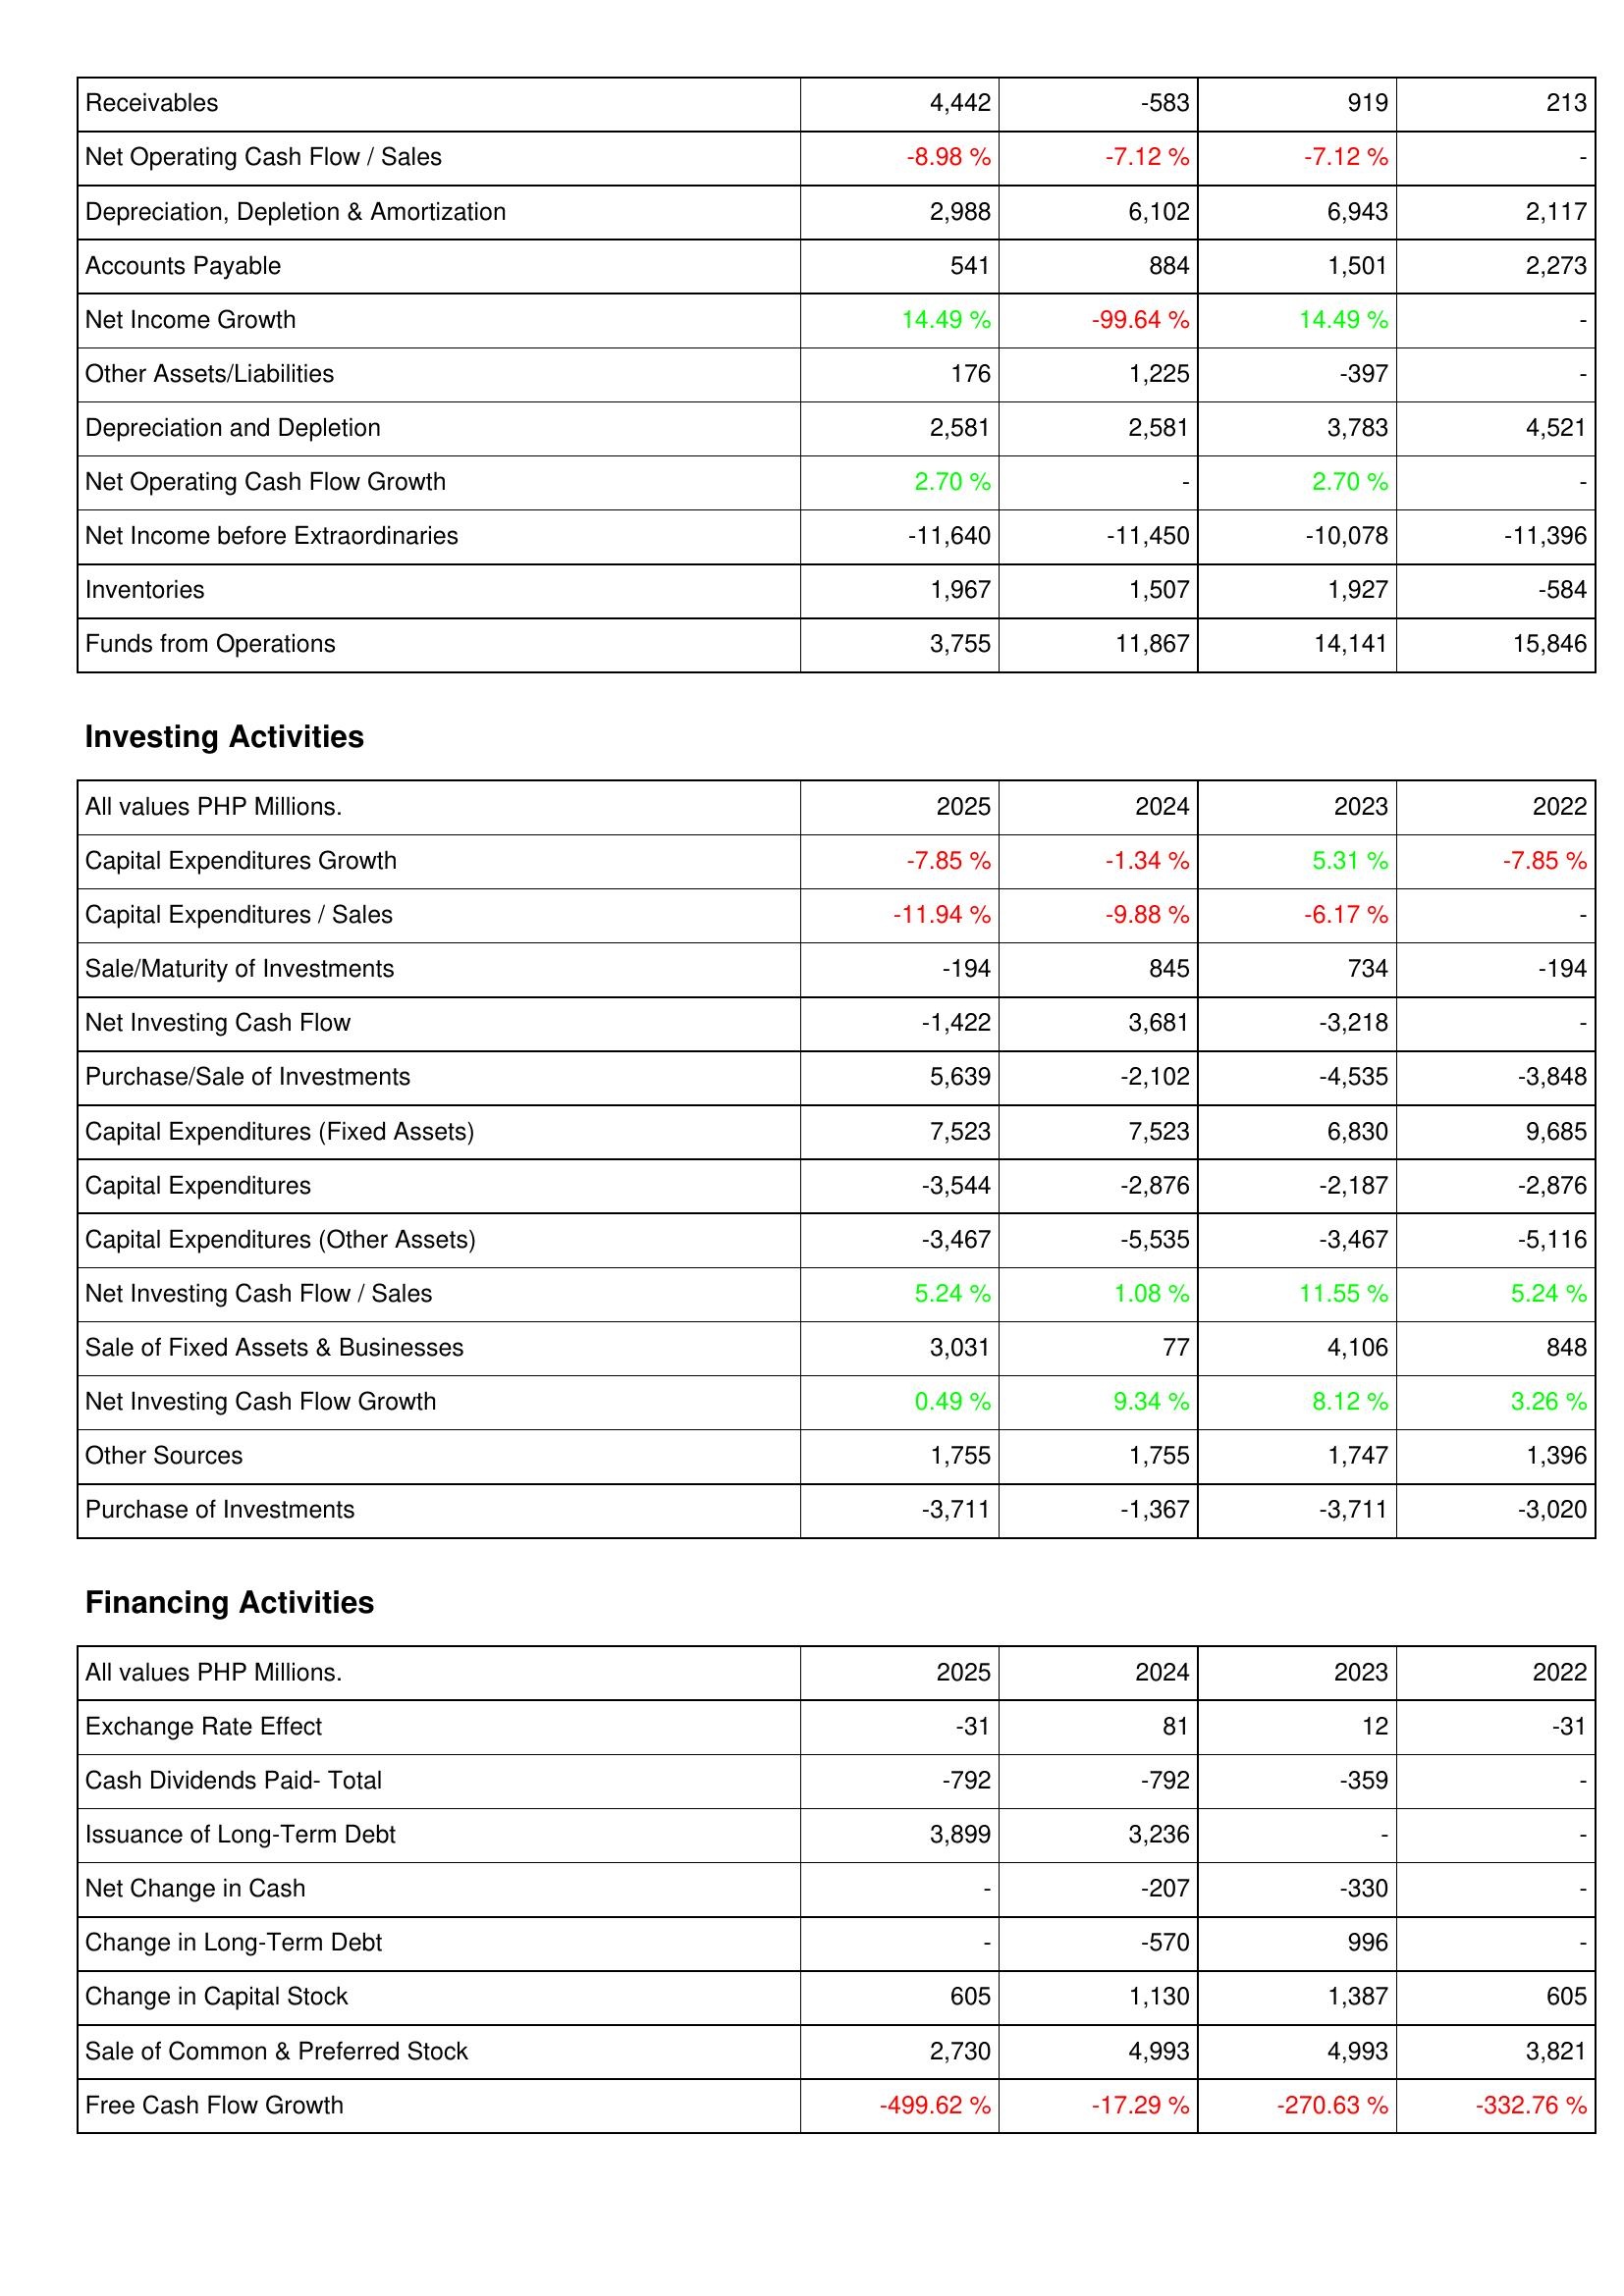
2025: Operating Activities: Receivables: 4,442
Net Operating Cash Flow / Sales: -8.98 %
Depreciation, Depletion & Amortization: 2,988
Accounts Payable: 541
Net Income Growth: 14.49 %
Other Assets/Liabilities: 176
Depreciation and Depletion: 2,581
Net Operating Cash Flow Growth: 2.70 %
Net Income before Extraordinaries: -11,640
Inventories: 1,967
Funds from Operations: 3,755
Investing Activities: Capital Expenditures Growth: -7.85 %
Capital Expenditures / Sales: -11.94 %
Sale/Maturity of Investments: -194
Net Investing Cash Flow: -1,422
Purchase/Sale of Investments: 5,639
Capital Expenditures (Fixed Assets): 7,523
Capital Expenditures: -3,544
Capital Expenditures (Other Assets): -3,467
Net Investing Cash Flow / Sales: 5.24 %
Sale of Fixed Assets & Businesses: 3,031
Net Investing Cash Flow Growth: 0.49 %
Other Sources: 1,755
Purchase of Investments: -3,711
Financing Activities: Exchange Rate Effect: -31
Cash Dividends Paid- Total: -792
Issuance of Long-Term Debt: 3,899
Net Change in Cash: -
Change in Long-Term Debt: -
Change in Capital Stock: 605
Sale of Common & Preferred Stock: 2,730
Free Cash Flow Growth: -499.62 %
2024: Operating Activities: Receivables: -583
Net Operating Cash Flow / Sales: -7.12 %
Depreciation, Depletion & Amortization: 6,102
Accounts Payable: 884
Net Income Growth: -99.64 %
Other Assets/Liabilities: 1,225
Depreciation and Depletion: 2,581
Net Operating Cash Flow Growth: -
Net Income before Extraordinaries: -11,450
Inventories: 1,507
Funds from Operations: 11,867
Investing Activities: Capital Expenditures Growth: -1.34 %
Capital Expenditures / Sales: -9.88 %
Sale/Maturity of Investments: 845
Net Investing Cash Flow: 3,681
Purchase/Sale of Investments: -2,102
Capital Expenditures (Fixed Assets): 7,523
Capital Expenditures: -2,876
Capital Expenditures (Other Assets): -5,535
Net Investing Cash Flow / Sales: 1.08 %
Sale of Fixed Assets & Businesses: 77
Net Investing Cash Flow Growth: 9.34 %
Other Sources: 1,755
Purchase of Investments: -1,367
Financing Activities: Exchange Rate Effect: 81
Cash Dividends Paid- Total: -792
Issuance of Long-Term Debt: 3,236
Net Change in Cash: -207
Change in Long-Term Debt: -570
Change in Capital Stock: 1,130
Sale of Common & Preferred Stock: 4,993
Free Cash Flow Growth: -17.29 %
2023: Operating Activities: Receivables: 919
Net Operating Cash Flow / Sales: -7.12 %
Depreciation, Depletion & Amortization: 6,943
Accounts Payable: 1,501
Net Income Growth: 14.49 %
Other Assets/Liabilities: -397
Depreciation and Depletion: 3,783
Net Operating Cash Flow Growth: 2.70 %
Net Income before Extraordinaries: -10,078
Inventories: 1,927
Funds from Operations: 14,141
Investing Activities: Capital Expenditures Growth: 5.31 %
Capital Expenditures / Sales: -6.17 %
Sale/Maturity of Investments: 734
Net Investing Cash Flow: -3,218
Purchase/Sale of Investments: -4,535
Capital Expenditures (Fixed Assets): 6,830
Capital Expenditures: -2,187
Capital Expenditures (Other Assets): -3,467
Net Investing Cash Flow / Sales: 11.55 %
Sale of Fixed Assets & Businesses: 4,106
Net Investing Cash Flow Growth: 8.12 %
Other Sources: 1,747
Purchase of Investments: -3,711
Financing Activities: Exchange Rate Effect: 12
Cash Dividends Paid- Total: -359
Issuance of Long-Term Debt: -
Net Change in Cash: -330
Change in Long-Term Debt: 996
Change in Capital Stock: 1,387
Sale of Common & Preferred Stock: 4,993
Free Cash Flow Growth: -270.63 %
2022: Operating Activities: Receivables: 213
Net Operating Cash Flow / Sales: -
Depreciation, Depletion & Amortization: 2,117
Accounts Payable: 2,273
Net Income Growth: -
Other Assets/Liabilities: -
Depreciation and Depletion: 4,521
Net Operating Cash Flow Growth: -
Net Income before Extraordinaries: -11,396
Inventories: -584
Funds from Operations: 15,846
Investing Activities: Capital Expenditures Growth: -7.85 %
Capital Expenditures / Sales: -
Sale/Maturity of Investments: -194
Net Investing Cash Flow: -
Purchase/Sale of Investments: -3,848
Capital Expenditures (Fixed Assets): 9,685
Capital Expenditures: -2,876
Capital Expenditures (Other Assets): -5,116
Net Investing Cash Flow / Sales: 5.24 %
Sale of Fixed Assets & Businesses: 848
Net Investing Cash Flow Growth: 3.26 %
Other Sources: 1,396
Purchase of Investments: -3,020
Financing Activities: Exchange Rate Effect: -31
Cash Dividends Paid- Total: -
Issuance of Long-Term Debt: -
Net Change in Cash: -
Change in Long-Term Debt: -
Change in Capital Stock: 605
Sale of Common & Preferred Stock: 3,821
Free Cash Flow Growth: -332.76 %